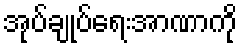
အုပ်ချုပ်ရေးအာဏာကို